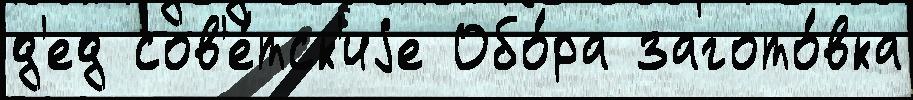
д'ед сов'е́тск'иjе Обо́ра загото́вка